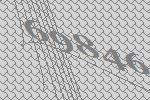
69846